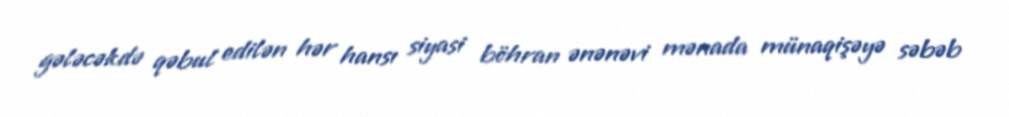
gələcəkdə qəbul edilən hər hansı siyasi böhran ənənəvi mənada münaqişəyə səbəb